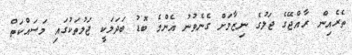
ތެރެއިން ރާއްޖޭގެ ޖަލުގެ ނިޒާމަށް ގެނެވުނު އެންމެ ބޮޑު ބަދަލަކީ ޖަލުތަކުގައި މަސައްކަތް